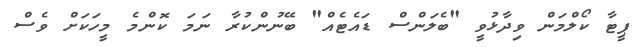
ޕީޓާ ކޯލްމަން ވިދާޅުވީ "ބެލަންސް ޑައެޓެއް" ބޭނުންކުރާ ނަމަ ކޮންމެ މީހަކަށް ވެސް